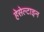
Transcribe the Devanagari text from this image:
हेसेल्टाइन